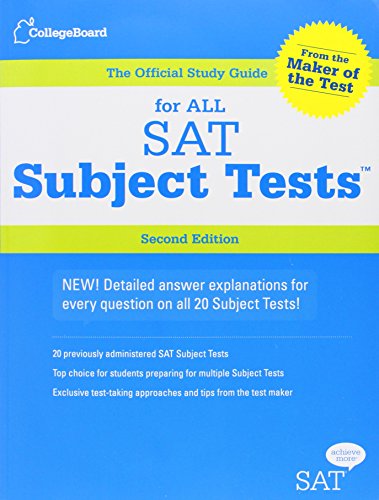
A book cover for The Official Study Guide for ALL SAT Subject Tests, 2nd Edition; The College Board; Test Preparation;